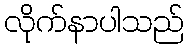
လိုက်နာပါသည်